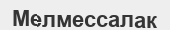
Мелмессалак